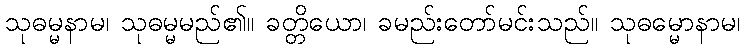
သုဓမ္မနာမ၊ သုဓမ္မမည်၏။ ခတ္တိယော၊ ခမည်းတော်မင်းသည်။ သုဓမ္မောနာမ၊